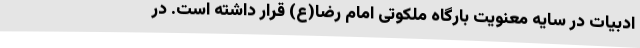
ادبیات در سایه معنویت بارگاه ملکوتی امام رضا(ع) قرار داشته است. در